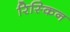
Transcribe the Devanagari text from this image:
रिस्किन